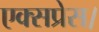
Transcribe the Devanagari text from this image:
एक्‍सप्रेस।